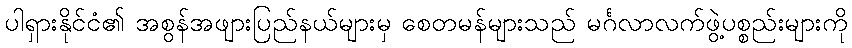
ပါရှားနိုင်ငံ၏ အစွန်အဖျားပြည်နယ်များမှ စေတမန်များသည် မင်္ဂလာလက်ဖွဲ့ပစ္စည်းများကို